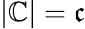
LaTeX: \left\vert\mathbb{C}\right\vert={\mathfrak{c}}